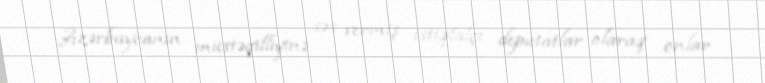
Azərbaycanın müstəqilliyinə səs vermiş istiqlalçı deputatlar olaraq onlar